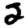
Digit: 2